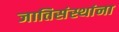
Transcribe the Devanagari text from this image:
जातिसंस्थांना